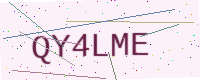
Text: QY4LME